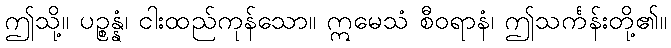
ဤသို့။ ပဉ္စန္နံ၊ ငါးထည်ကုန်သော။ ဣမေသံ စီဝရာနံ၊ ဤသင်္ကန်းတို့၏။